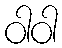
ဝါဝါ